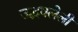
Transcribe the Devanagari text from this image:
उद्भवलेली